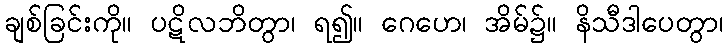
ချစ်ခြင်းကို။ ပဋိလဘိတွာ၊ ရ၍။ ဂေဟေ၊ အိမ်၌။ နိသီဒါပေတွာ၊